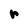
Character: r